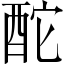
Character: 酡